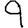
Digit: 9